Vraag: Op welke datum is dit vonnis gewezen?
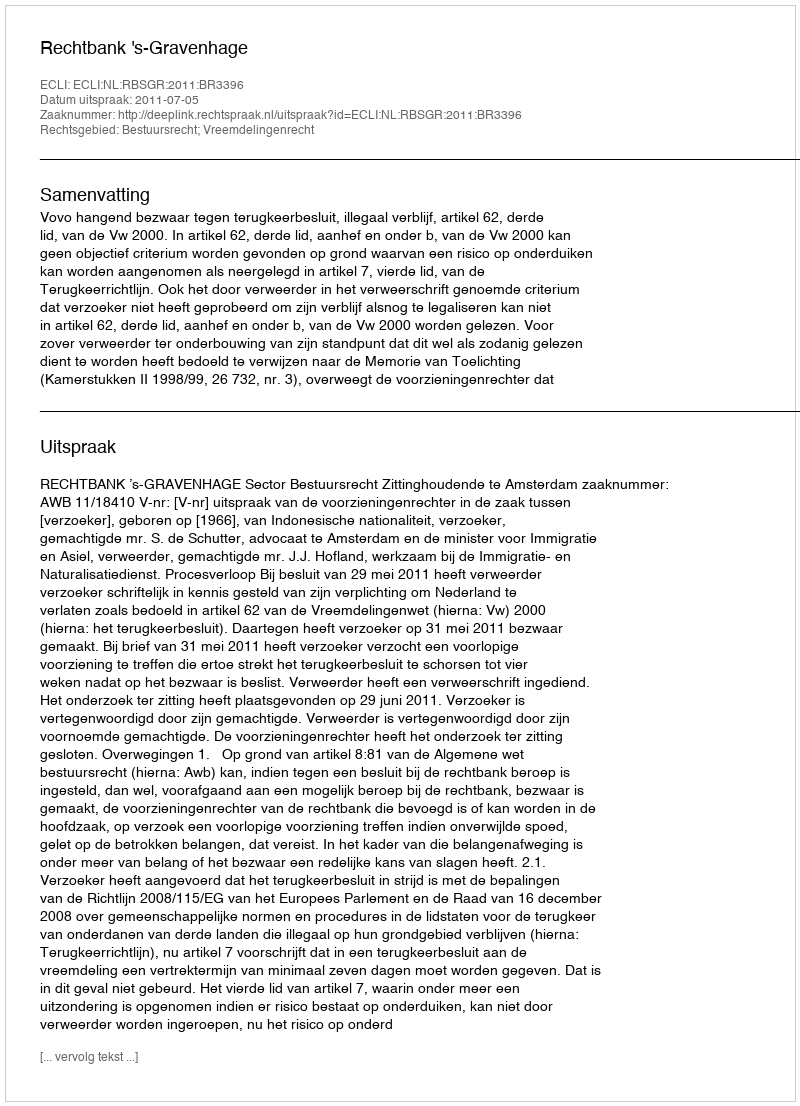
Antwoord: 2011-07-05